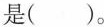
是()。